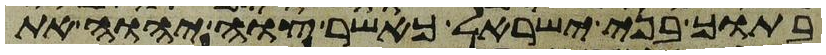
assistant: בתוך בני ישראל כאשר צוה יהוה את